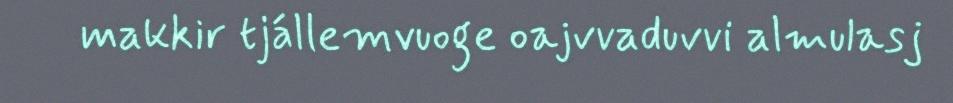
makkir tjállemvuoge oajvvaduvvi almulasj